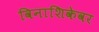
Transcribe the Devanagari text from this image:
विनाशिकेवर